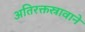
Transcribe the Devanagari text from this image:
अतिरक्तस्रावाने